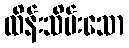
ထိန်းသိမ်းသော